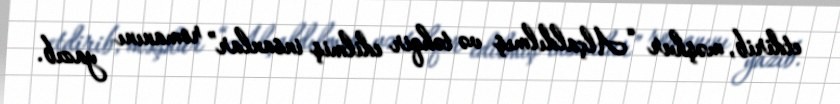
etdirib, məşhur “Alçaldılmış və təhqir edilmiş insanlar” romanını yazıb.